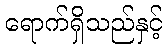
ရောက်ရှိသည်နှင့်